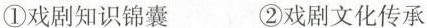
①戏剧知识锦囊 ②戏剧文化传承